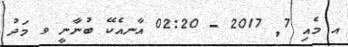
އ މެއި 7